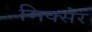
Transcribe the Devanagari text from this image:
मिक्सेर